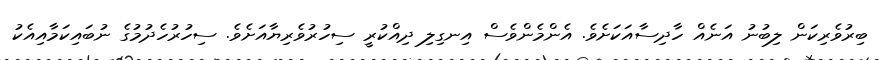
ބިރުވެރިކަން ލިބުނު އަނެއް ހާދިސާއަކަށެވެ. އެންމެންވެސް އިނގިލި ދިއްކުރީ ސިހުރުވެރިޔާއަށެވެ. ސިހުރުހެދުމުގެ ނުބައިކަމާއިއެކު